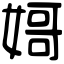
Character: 𡟵